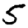
Digit: 5